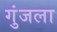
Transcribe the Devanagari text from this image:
गुंजला